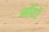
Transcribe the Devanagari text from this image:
मोंटों